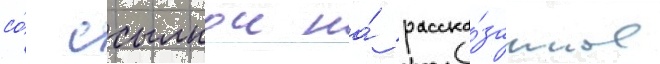
со́ ссылкои на́ расска́занное